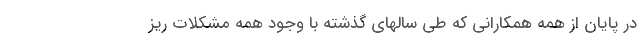
در پایان از همه همکارانی که طی سالهای گذشته با وجود همه مشکلات ریز